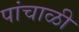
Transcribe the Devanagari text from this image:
पांचाळी